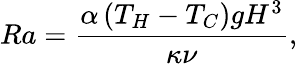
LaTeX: Ra=\frac{\alpha\left(T_{H}-T_{C}\right)gH^{3}}{\kappa\nu},